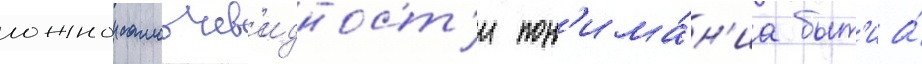
ложнои самоочев'идност'и пон'има́н'иа быт'иа́